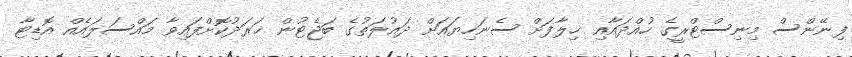
ފިނޭންސް މިނިސްޓްރީގެ ހުއްދައާއި ޚިލާފަށް ސެނަހިޔައަށް ދައުލަތުގެ ބަޖެޓުން ޚަރަދުކޮށްފައިވާ މައްސަލައެއް އޮޑިޓާ